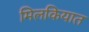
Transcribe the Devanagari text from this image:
मिलकियात